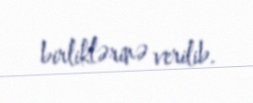
birliklərinə verilib.